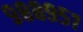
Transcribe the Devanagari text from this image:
९८८९५१